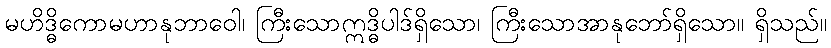
မဟိဒ္ဓိကောမဟာနုဘာဝေါ၊ ကြီးသောဣဒ္ဓိပါဒ်ရှိသော၊ ကြီးသောအာနုဘော်ရှိသော။ ရှိသည်။